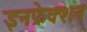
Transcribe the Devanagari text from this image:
इनफ्रेक्शन